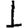
Digit: 1